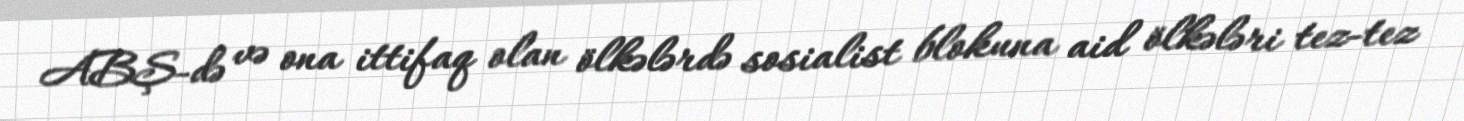
ABŞ-də və ona ittifaq olan ölkələrdə sosialist blokuna aid ölkələri tez-tez